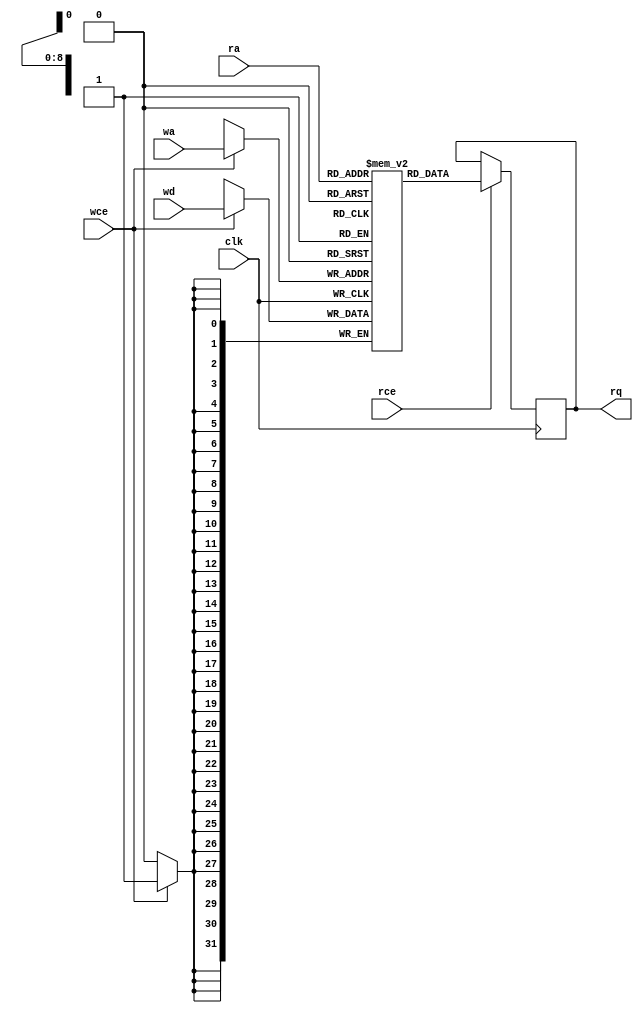
// Copyright (C) 2022 RapidSilicon
//

module BRAM_SDP_SPLIT #(parameter AWIDTH = 9,
parameter DWIDTH = 32)(
	clk,
	rce,
	ra,
	rq,
	wce,
	wa,
	wd
);

	input			clk;
	input                   rce;
	input      [AWIDTH-1:0] ra;
	output reg [DWIDTH-1:0] rq;
	input                   wce;
	input      [AWIDTH-1:0] wa;
	input      [DWIDTH-1:0] wd;

	reg        [DWIDTH-1:0] memory[0:(1<<AWIDTH)-1];

	always @(posedge clk) begin
		if (rce)
			rq <= memory[ra];

		if (wce)
			memory[wa] <= wd;
	end

	integer i;
	initial
	begin
		for(i = 0; i < (1<<AWIDTH)-1; i = i + 1)
			memory[i] = 0;
	end

endmodule

module BRAM_SDP_SPLIT_2x18K #(parameter AWIDTH = 10, parameter DWIDTH = 18)(
	clk_0,
	rce_0,
	ra_0,
	rq_0,
	wce_0,
	wa_0,
	wd_0,

	clk_1,
	rce_1,
	ra_1,
	rq_1,
	wce_1,
	wa_1,
	wd_1
);

	input			clk_0;
	input                   rce_0;
	input      [AWIDTH-1:0] ra_0;
	output     [DWIDTH-1:0] rq_0;
	input                   wce_0;
	input      [AWIDTH-1:0] wa_0;
	input      [DWIDTH-1:0] wd_0;
	input			clk_1;
	input                   rce_1;
	input      [AWIDTH-1:0] ra_1;
	output     [DWIDTH-1:0] rq_1;
	input                   wce_1;
	input      [AWIDTH-1:0] wa_1;
	input      [DWIDTH-1:0] wd_1;

BRAM_SDP_SPLIT #(.AWIDTH(AWIDTH), .DWIDTH(DWIDTH))
	BRAM_SDP_SPLIT_0 (.clk(clk_0),
		 .rce(rce_0),
		 .ra(ra_0),
		 .rq(rq_0),
		 .wce(wce_0),
		 .wa(wa_0),
		 .wd(wd_0));

BRAM_SDP_SPLIT #(.AWIDTH(AWIDTH), .DWIDTH(DWIDTH))
	BRAM_SDP_SPLIT_1 (.clk(clk_1),
		 .rce(rce_1),
		 .ra(ra_1),
		 .rq(rq_1),
		 .wce(wce_1),
		 .wa(wa_1),
		 .wd(wd_1));
endmodule


module BRAM_SDP_SPLIT_2x18x1024 (
	clk_0,
	rce_0,
	ra_0,
	rq_0,
	wce_0,
	wa_0,
	wd_0,

	clk_1,
	rce_1,
	ra_1,
	rq_1,
	wce_1,
	wa_1,
	wd_1
);

parameter AWIDTH = 10;
parameter DWIDTH = 18;

	input			clk_0;
	input                   rce_0;
	input      [AWIDTH-1:0] ra_0;
	output     [DWIDTH-1:0] rq_0;
	input                   wce_0;
	input      [AWIDTH-1:0] wa_0;
	input      [DWIDTH-1:0] wd_0;
	input			clk_1;
	input                   rce_1;
	input      [AWIDTH-1:0] ra_1;
	output     [DWIDTH-1:0] rq_1;
	input                   wce_1;
	input      [AWIDTH-1:0] wa_1;
	input      [DWIDTH-1:0] wd_1;

BRAM_SDP_SPLIT_2x18K #(.AWIDTH(AWIDTH), .DWIDTH(DWIDTH))
	BRAM_SDP_SPLIT_2x18x1024 (
		 .clk_0(clk_0),
		 .rce_0(rce_0),
		 .ra_0(ra_0),
		 .rq_0(rq_0),
		 .wce_0(wce_0),
		 .wa_0(wa_0),
		 .wd_0(wd_0),
		 .clk_1(clk_1),
		 .rce_1(rce_1),
		 .ra_1(ra_1),
		 .rq_1(rq_1),
		 .wce_1(wce_1),
		 .wa_1(wa_1),
		 .wd_1(wd_1));
endmodule


module BRAM_SDP_SPLIT_2x16x1024 (
	clk_0,
	rce_0,
	ra_0,
	rq_0,
	wce_0,
	wa_0,
	wd_0,

	clk_1,
	rce_1,
	ra_1,
	rq_1,
	wce_1,
	wa_1,
	wd_1
);

parameter AWIDTH = 10;
parameter DWIDTH = 16;

	input			clk_0;
	input                   rce_0;
	input      [AWIDTH-1:0] ra_0;
	output     [DWIDTH-1:0] rq_0;
	input                   wce_0;
	input      [AWIDTH-1:0] wa_0;
	input      [DWIDTH-1:0] wd_0;
	input			clk_1;
	input                   rce_1;
	input      [AWIDTH-1:0] ra_1;
	output     [DWIDTH-1:0] rq_1;
	input                   wce_1;
	input      [AWIDTH-1:0] wa_1;
	input      [DWIDTH-1:0] wd_1;

BRAM_SDP_SPLIT_2x18K #(.AWIDTH(AWIDTH), .DWIDTH(DWIDTH))
	BRAM_SDP_SPLIT_2x16x1024 (
		 .clk_0(clk_0),
		 .rce_0(rce_0),
		 .ra_0(ra_0),
		 .rq_0(rq_0),
		 .wce_0(wce_0),
		 .wa_0(wa_0),
		 .wd_0(wd_0),
		 .clk_1(clk_1),
		 .rce_1(rce_1),
		 .ra_1(ra_1),
		 .rq_1(rq_1),
		 .wce_1(wce_1),
		 .wa_1(wa_1),
		 .wd_1(wd_1));
endmodule


module BRAM_SDP_SPLIT_2x9x2048 (
	clk_0,
	rce_0,
	ra_0,
	rq_0,
	wce_0,
	wa_0,
	wd_0,

	clk_1,
	rce_1,
	ra_1,
	rq_1,
	wce_1,
	wa_1,
	wd_1
);

parameter AWIDTH = 11;
parameter DWIDTH = 9;

	input			clk_0;
	input                   rce_0;
	input      [AWIDTH-1:0] ra_0;
	output     [DWIDTH-1:0] rq_0;
	input                   wce_0;
	input      [AWIDTH-1:0] wa_0;
	input      [DWIDTH-1:0] wd_0;
	input			clk_1;
	input                   rce_1;
	input      [AWIDTH-1:0] ra_1;
	output     [DWIDTH-1:0] rq_1;
	input                   wce_1;
	input      [AWIDTH-1:0] wa_1;
	input      [DWIDTH-1:0] wd_1;

BRAM_SDP_SPLIT_2x18K #(.AWIDTH(AWIDTH), .DWIDTH(DWIDTH))
	BRAM_SDP_SPLIT_2x9x2048 (
		 .clk_0(clk_0),
		 .rce_0(rce_0),
		 .ra_0(ra_0),
		 .rq_0(rq_0),
		 .wce_0(wce_0),
		 .wa_0(wa_0),
		 .wd_0(wd_0),
		 .clk_1(clk_1),
		 .rce_1(rce_1),
		 .ra_1(ra_1),
		 .rq_1(rq_1),
		 .wce_1(wce_1),
		 .wa_1(wa_1),
		 .wd_1(wd_1));
endmodule

module BRAM_SDP_SPLIT_2x8x2048 (
	clk_0,
	rce_0,
	ra_0,
	rq_0,
	wce_0,
	wa_0,
	wd_0,

	clk_1,
	rce_1,
	ra_1,
	rq_1,
	wce_1,
	wa_1,
	wd_1
);

parameter AWIDTH = 11;
parameter DWIDTH = 8;

	input			clk_0;
	input                   rce_0;
	input      [AWIDTH-1:0] ra_0;
	output     [DWIDTH-1:0] rq_0;
	input                   wce_0;
	input      [AWIDTH-1:0] wa_0;
	input      [DWIDTH-1:0] wd_0;
	input			clk_1;
	input                   rce_1;
	input      [AWIDTH-1:0] ra_1;
	output     [DWIDTH-1:0] rq_1;
	input                   wce_1;
	input      [AWIDTH-1:0] wa_1;
	input      [DWIDTH-1:0] wd_1;

BRAM_SDP_SPLIT_2x18K #(.AWIDTH(AWIDTH), .DWIDTH(DWIDTH))
	BRAM_SDP_SPLIT_2x8x2048 (
		 .clk_0(clk_0),
		 .rce_0(rce_0),
		 .ra_0(ra_0),
		 .rq_0(rq_0),
		 .wce_0(wce_0),
		 .wa_0(wa_0),
		 .wd_0(wd_0),
		 .clk_1(clk_1),
		 .rce_1(rce_1),
		 .ra_1(ra_1),
		 .rq_1(rq_1),
		 .wce_1(wce_1),
		 .wa_1(wa_1),
		 .wd_1(wd_1));
endmodule

module BRAM_SDP_SPLIT_2x4x4096 (
	clk_0,
	rce_0,
	ra_0,
	rq_0,
	wce_0,
	wa_0,
	wd_0,

	clk_1,
	rce_1,
	ra_1,
	rq_1,
	wce_1,
	wa_1,
	wd_1
);

parameter AWIDTH = 12;
parameter DWIDTH = 4;

	input			clk_0;
	input                   rce_0;
	input      [AWIDTH-1:0] ra_0;
	output     [DWIDTH-1:0] rq_0;
	input                   wce_0;
	input      [AWIDTH-1:0] wa_0;
	input      [DWIDTH-1:0] wd_0;
	input			clk_1;
	input                   rce_1;
	input      [AWIDTH-1:0] ra_1;
	output     [DWIDTH-1:0] rq_1;
	input                   wce_1;
	input      [AWIDTH-1:0] wa_1;
	input      [DWIDTH-1:0] wd_1;

BRAM_SDP_SPLIT_2x18K #(.AWIDTH(AWIDTH), .DWIDTH(DWIDTH))
	BRAM_SDP_SPLIT_2x4x4096 (
		 .clk_0(clk_0),
		 .rce_0(rce_0),
		 .ra_0(ra_0),
		 .rq_0(rq_0),
		 .wce_0(wce_0),
		 .wa_0(wa_0),
		 .wd_0(wd_0),
		 .clk_1(clk_1),
		 .rce_1(rce_1),
		 .ra_1(ra_1),
		 .rq_1(rq_1),
		 .wce_1(wce_1),
		 .wa_1(wa_1),
		 .wd_1(wd_1));
endmodule

module BRAM_SDP_SPLIT_2x2x8192 (
	clk_0,
	rce_0,
	ra_0,
	rq_0,
	wce_0,
	wa_0,
	wd_0,

	clk_1,
	rce_1,
	ra_1,
	rq_1,
	wce_1,
	wa_1,
	wd_1
);

parameter AWIDTH = 13;
parameter DWIDTH = 2;

	input			clk_0;
	input                   rce_0;
	input      [AWIDTH-1:0] ra_0;
	output     [DWIDTH-1:0] rq_0;
	input                   wce_0;
	input      [AWIDTH-1:0] wa_0;
	input      [DWIDTH-1:0] wd_0;
	input			clk_1;
	input                   rce_1;
	input      [AWIDTH-1:0] ra_1;
	output     [DWIDTH-1:0] rq_1;
	input                   wce_1;
	input      [AWIDTH-1:0] wa_1;
	input      [DWIDTH-1:0] wd_1;

BRAM_SDP_SPLIT_2x18K #(.AWIDTH(AWIDTH), .DWIDTH(DWIDTH))
	BRAM_SDP_SPLIT_2x2x8192 (
		 .clk_0(clk_0),
		 .rce_0(rce_0),
		 .ra_0(ra_0),
		 .rq_0(rq_0),
		 .wce_0(wce_0),
		 .wa_0(wa_0),
		 .wd_0(wd_0),
		 .clk_1(clk_1),
		 .rce_1(rce_1),
		 .ra_1(ra_1),
		 .rq_1(rq_1),
		 .wce_1(wce_1),
		 .wa_1(wa_1),
		 .wd_1(wd_1));
endmodule

module BRAM_SDP_SPLIT_2x1x16384 (
	clk_0,
	rce_0,
	ra_0,
	rq_0,
	wce_0,
	wa_0,
	wd_0,

	clk_1,
	rce_1,
	ra_1,
	rq_1,
	wce_1,
	wa_1,
	wd_1
);

parameter AWIDTH = 14;
parameter DWIDTH = 1;

	input			clk_0;
	input                   rce_0;
	input      [AWIDTH-1:0] ra_0;
	output     [DWIDTH-1:0] rq_0;
	input                   wce_0;
	input      [AWIDTH-1:0] wa_0;
	input      [DWIDTH-1:0] wd_0;
	input			clk_1;
	input                   rce_1;
	input      [AWIDTH-1:0] ra_1;
	output     [DWIDTH-1:0] rq_1;
	input                   wce_1;
	input      [AWIDTH-1:0] wa_1;
	input      [DWIDTH-1:0] wd_1;

BRAM_SDP_SPLIT_2x18K #(.AWIDTH(AWIDTH), .DWIDTH(DWIDTH))
	BRAM_SDP_SPLIT_2x1x16384 (
		 .clk_0(clk_0),
		 .rce_0(rce_0),
		 .ra_0(ra_0),
		 .rq_0(rq_0),
		 .wce_0(wce_0),
		 .wa_0(wa_0),
		 .wd_0(wd_0),
		 .clk_1(clk_1),
		 .rce_1(rce_1),
		 .ra_1(ra_1),
		 .rq_1(rq_1),
		 .wce_1(wce_1),
		 .wa_1(wa_1),
		 .wd_1(wd_1));
endmodule